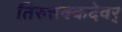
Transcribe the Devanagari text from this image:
तिरुत्तक्कदेवर्